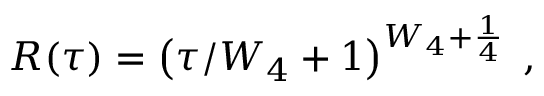
R ( \tau ) = \left( \tau / W _ { 4 } + 1 \right) ^ { W _ { 4 } + \frac { 1 } { 4 } } \; ,